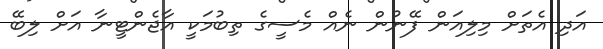
އަދި އެތަށް މިލިއަން ފޭނުން ނެއް މެސީގެ ތިބުމަކީ އާޖެންޓީނާ އަށް ލިބޭ